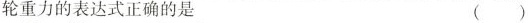
轮重力的表达式正确的是 ()